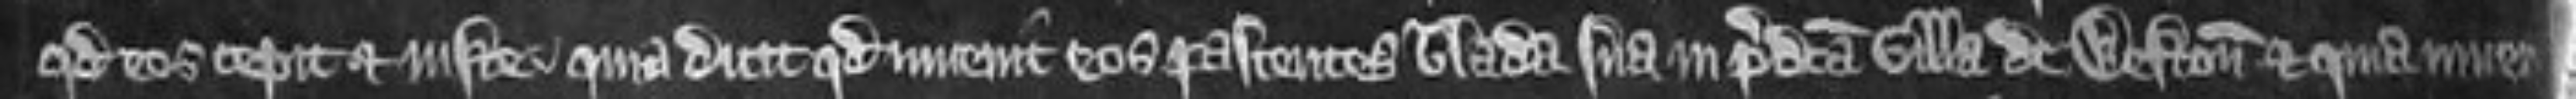
quod eos cepit et juste. quia dicit quod invenit eos pascentes blada sua in predicta villa de Weston et quia invenit